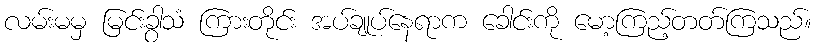
လမ်းမမှ မြင်းခွာသံ ကြားတိုင်း အပ်ချုပ်နေရာက ခေါင်းကို မော့ကြည့်တတ်ကြသည်။